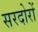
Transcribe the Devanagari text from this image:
सरदोरों